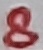
Text: 8